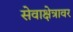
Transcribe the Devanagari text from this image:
सेवाक्षेत्रावर